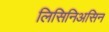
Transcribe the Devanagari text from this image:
लिसिनिअसिन